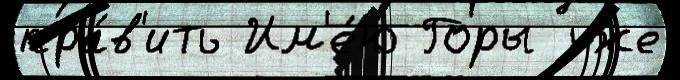
пра́в'ить Им'е́ю Горы уже